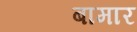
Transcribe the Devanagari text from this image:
बामार